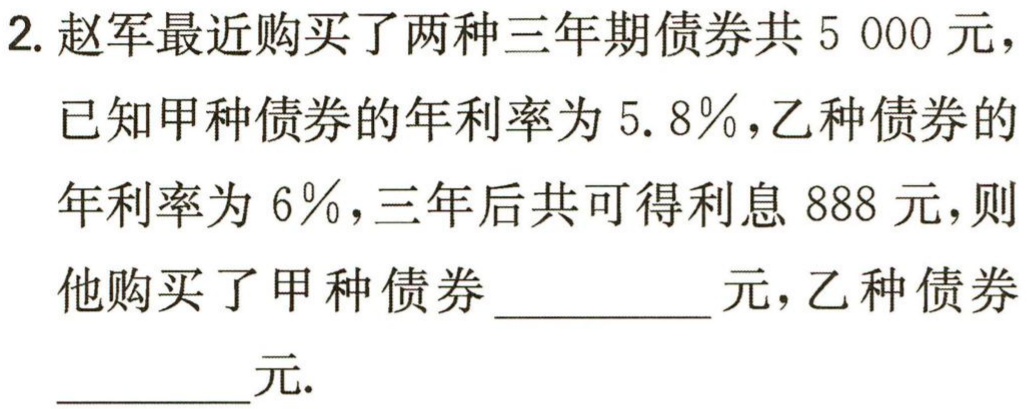
2. 赵军最近购买了两种三年期债券共5 000 元，

已知甲种债券的年利率为5.8％，乙种债券的

年利率为6％，三年后共可得利息888 元，则

他购买了甲种债券__________元，乙种债券

__________元.